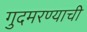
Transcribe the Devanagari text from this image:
गुदमरण्याची